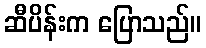
ဆီပိန်းက ပြောသည်။